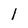
Character: 1